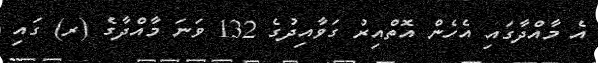
އެ މާއްދާގައި އެހެން އޮތްއިރު ގަވާއިދުގެ 132 ވަނަ މާއްދާގެ (ރ) ގައި